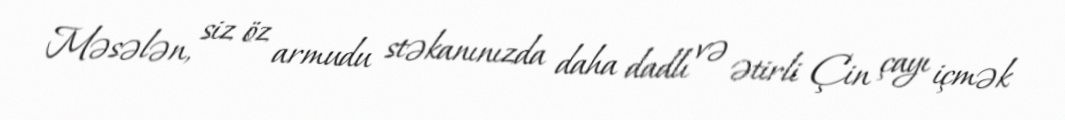
Məsələn, siz öz armudu stəkanınızda daha dadlı və ətirli Çin çayı içmək